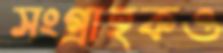
সংগ্রাহকও